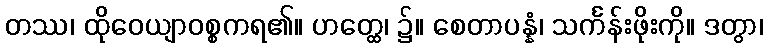
တဿ၊ ထိုဝေယျာဝစ္စကရ၏။ ဟတ္ထေ၊ ၌။ စေတာပန္နံ၊ သင်္ကန်းဖိုးကို။ ဒတွာ၊